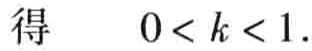
得 \(\quad 0 < k < 1\).